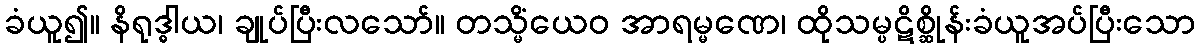
ခံယူ၍။ နိရုဒ္ဓါယ၊ ချုပ်ပြီးလသော်။ တသ္မိံယေဝ အာရမ္မဏေ၊ ထိုသမ္ပဋိစ္ဆိုန်းခံယူအပ်ပြီးသော